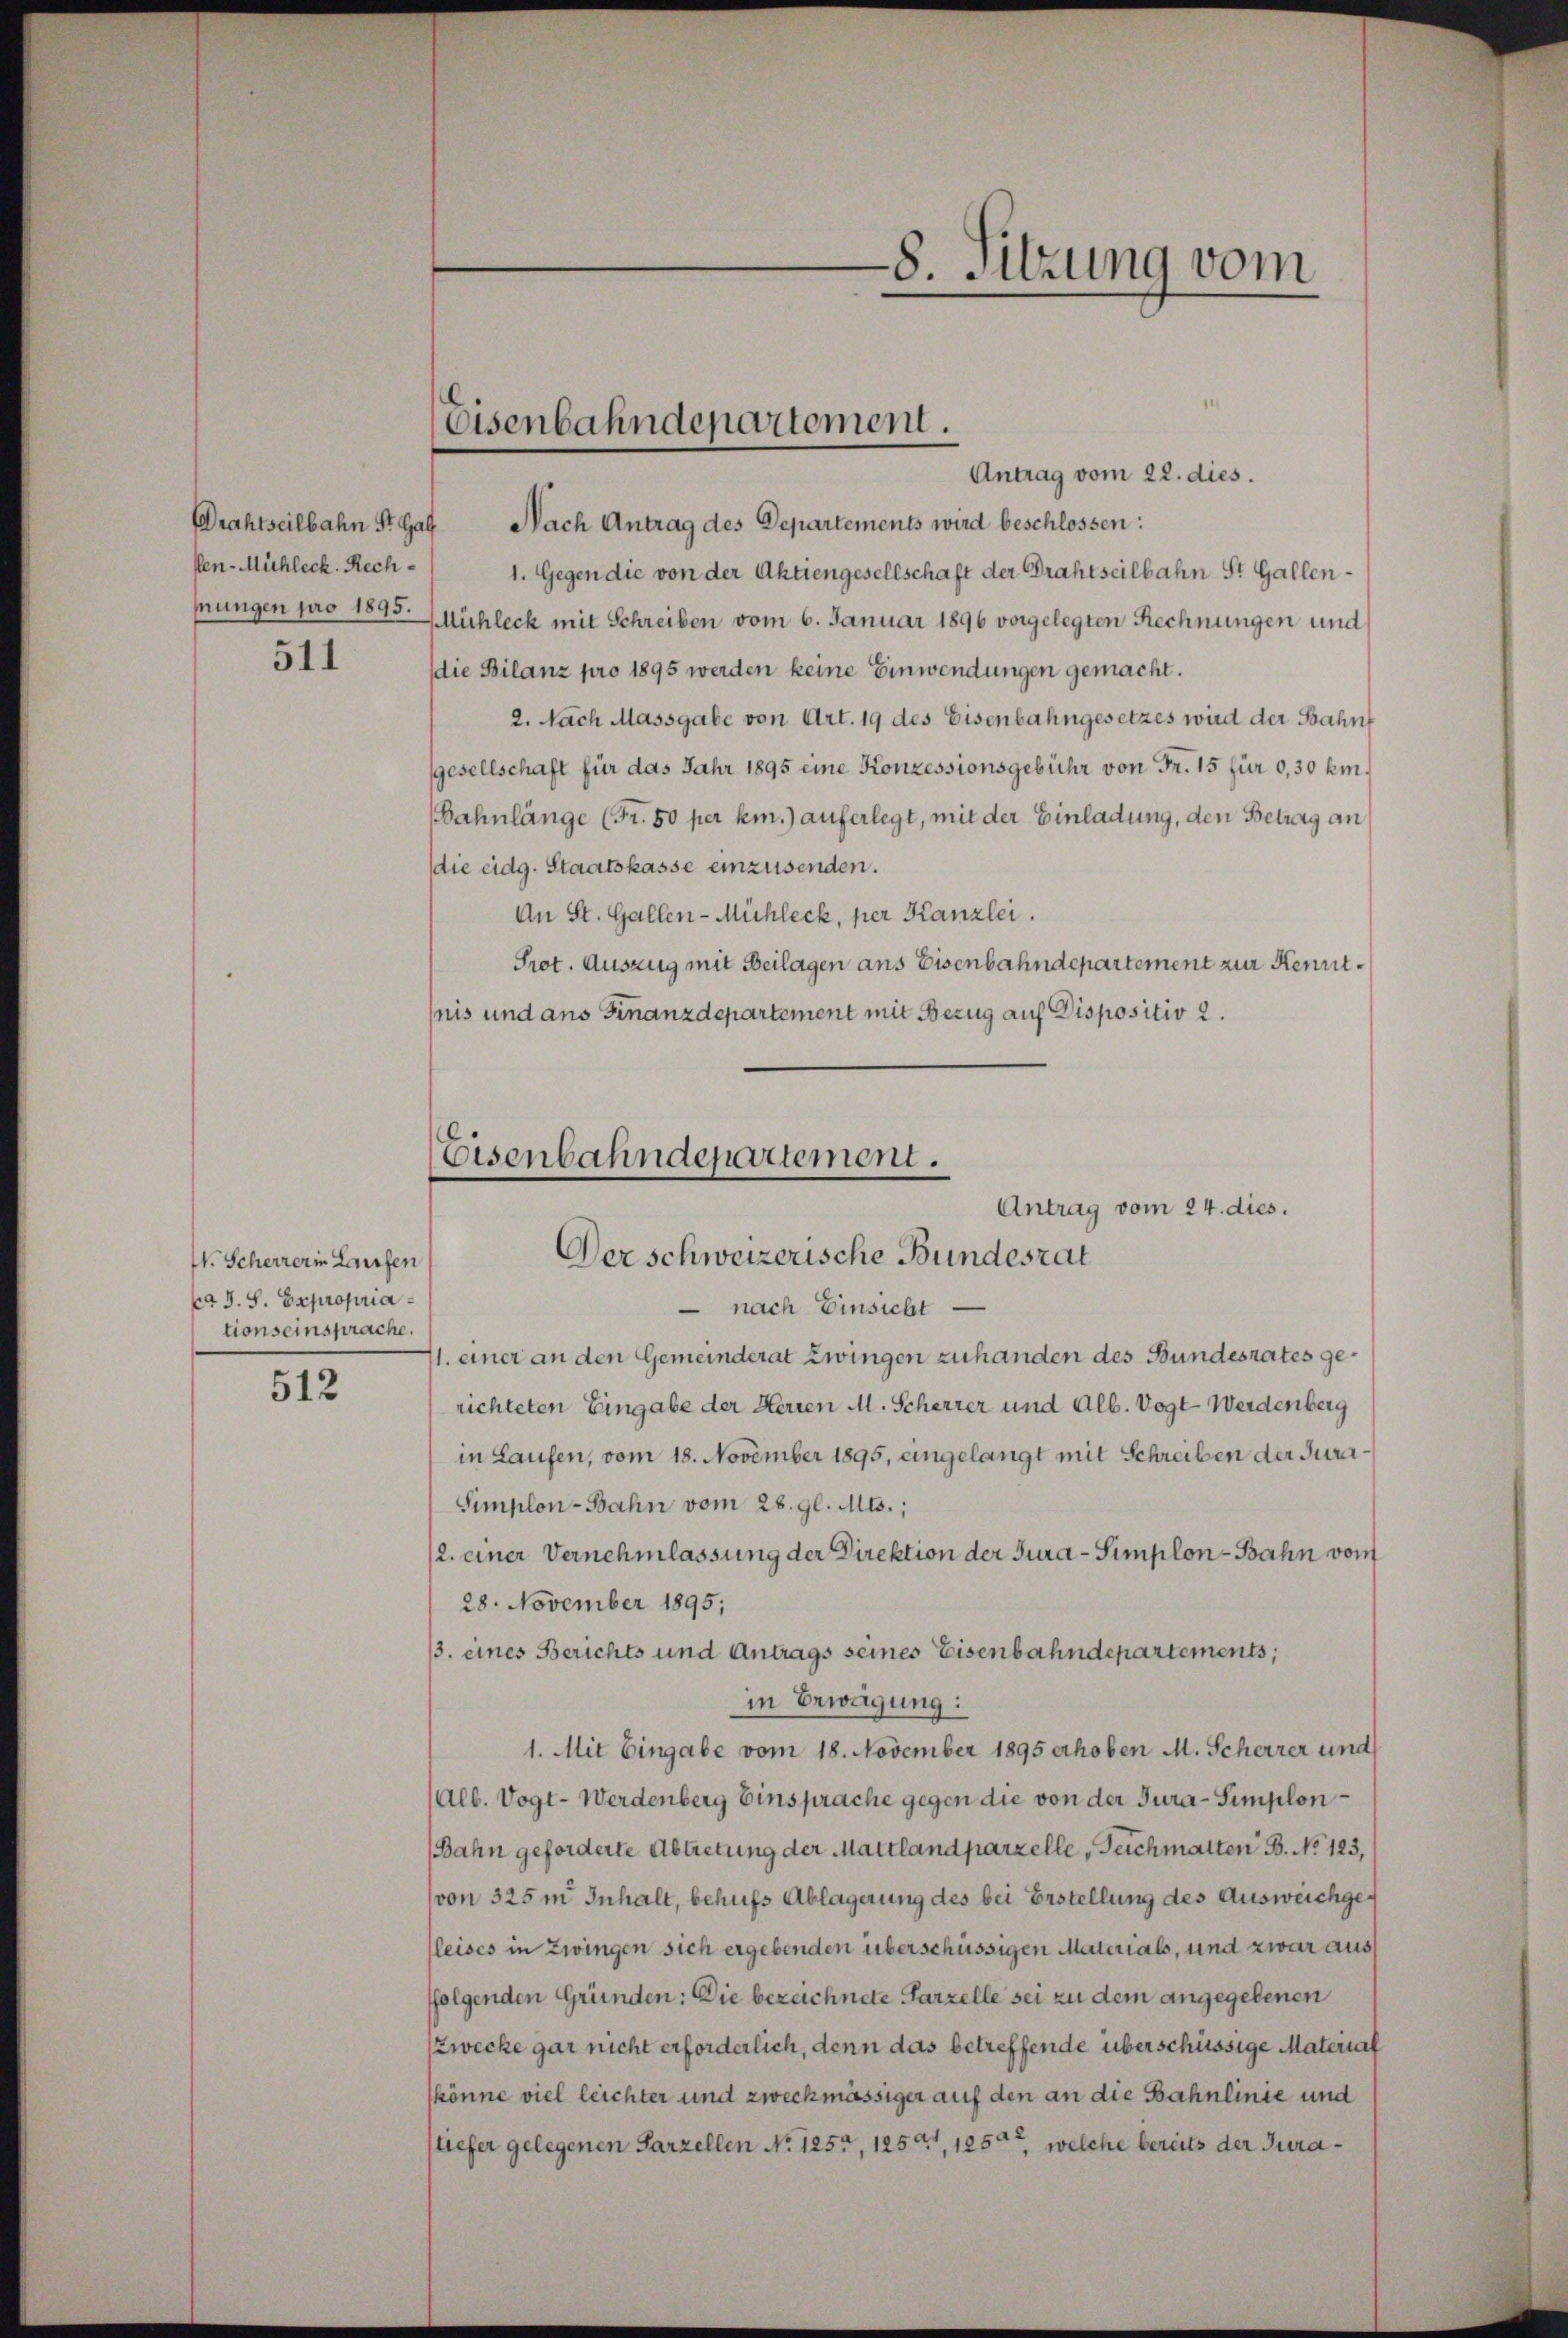
511

W. Scherrerin Laufen
4 J. S. Expropria
tionseinsprache.

512

Antrag vom 22. dies.
Drahtseilbahn St. Gag Nach Antrag des Departements wird beschlossen:
ken-Mühleck. Rech- 1. Gegen die von der Aktiengesellschaft der Drahtseilbahn St. Gallenmungen pro 1805. Mühlech mit Schreiben vom 6. Januar 1896 vorgelegten Rechnungen und
die Bilanz pro 1895 werden keine Einwendungen gemacht.
2. Nach Massgabe von Art. 19 des Eisenbahngesetzes wird der Bahnf
gesellschaft für das Jahr 1895 eine Konzessionsgebühr von Fr. 15 für 0,30 km¬
Bahnlänge (Fr. 50 per km.) auferlegt, mit der Einladung, den Betrag an
die eidg. Staatskasse einzusenden.
An St. Gallen-Mühleck, per Kanzlei.
Prot. Auszug mit Beilagen ans Eisenbahndepartement zur Kenntnis und ans Finanzdepartement mit Bezug auf Dispositiv 2.

Eisenbahndepartement.

8. Sitzung vom

Eisenbahndepartement.
Antrag vom 24. dies.
Der schweizerische Bundesrat

nach Einsicht
1. einer an den Gemeinderat zwingen zuhanden des Bundesrates gerichteten Eingabe der Herren M. Scherrer und Alb. Vogt Werdenberg
in Laufen, vom 18. November 1895, eingelangt mit Schreiben der Jura¬
Simplon-Bahn vom 28. gl. Mts.,
2. einer Vernehmlassung der Direktion der Jura - Simplon-Bahn vom
28. November 1895;
3. eines Berichts und Antrags seines Eisenbahndepartements,
in Erwägung:
1. Mit Eingabe vom 18. November 1895 erhoben M. Scherrer und
(Alb. Vogt- Werdenberg Einsprache gegen die von der Jura-Simplon¬
Bahn geforderte Abtretung der Mattlandparzelle Teichmatten B. No 123,
(von 325m Inhalt, behufs Ablagerung des bei Erstellung des Ausweichgeleises in Zwingen sich ergebenden überschüssigen Materials, und zwar aus
ffolgenden Gründen: Die bezeichnete Parzelle sei zu dem angegebenen
zwecke gar nicht erforderlich, denn das betreffende überschüssige Material
könne viel leichter und zweckmässiger auf den an die Bahnlinie und
stiefer gelegenen Parzellen No 1255, 1250, 125, welche bereits der Jura¬